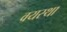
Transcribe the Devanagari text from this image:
वयस्था